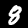
Label: 8